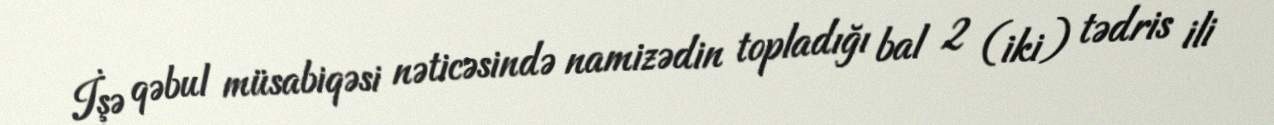
İşə qəbul müsabiqəsi nəticəsində namizədin topladığı bal 2 (iki) tədris ili